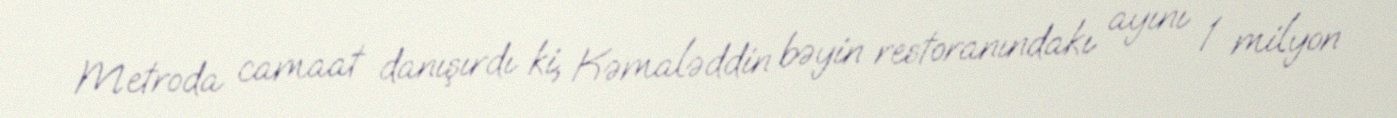
Metroda camaat danışırdı ki, Kəmaləddin bəyin restoranındakı ayını 1 milyon